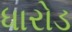
ધારોડ